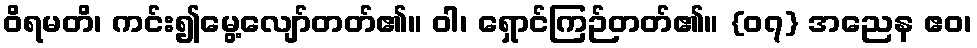
ဝိရမတိ၊ ကင်း၍မွေ့လျော်တတ်၏။ ဝါ၊ ရှောင်ကြဉ်တတ်၏။ {၀၇} အညေန ဧဝ၊